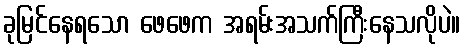
ခုမြင်နေရသော ဖေဖေက အရမ်းအသက်ကြီးနေသလိုပဲ။